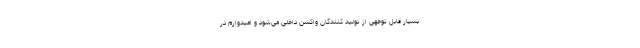
بسیار قابل توجهی از تولید کنندگان واکسن داخلی می‌شود و امیدوارم در